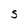
Character: S